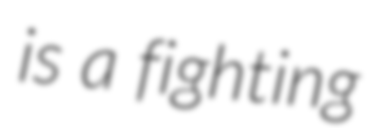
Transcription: is a fighting